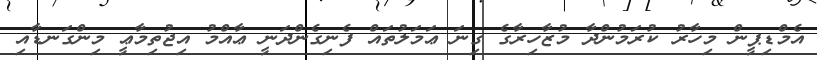
އެމްޑިޕީން މިހާރު ކުރަމުންދާ މުޒާހިރާގެ ގިނަ ޢަމަލުތައް ފެނިގެންދަނީ ޢާއްމު އިޖުތިމާޢީ މިންގަނޑާއި